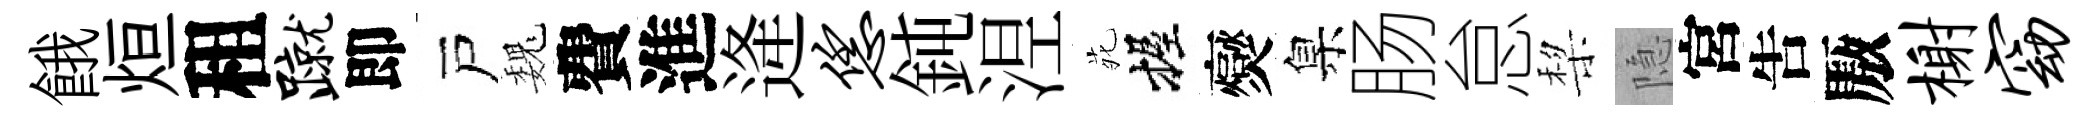
餓烜租蹴即戸巍費進逄恁鈍𣵀𫟍握爕臬肠怠棃隐宮吿厫榭窈